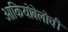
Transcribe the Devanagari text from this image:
ओकियोबेलोची